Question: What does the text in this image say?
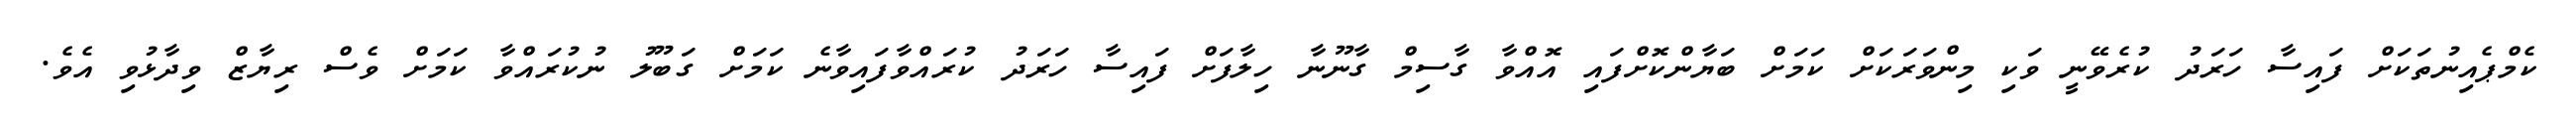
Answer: ކެމްޕެއިނުތަކަށް ފައިސާ ހަރަދު ކުރެވޭނީ ވަކި މިންވަރަކަށް ކަމަށް ބަޔާންކޮށްފައި އޮއްވާ ގާސިމް ގާނޫނާ ހިލާފަށް ފައިސާ ހަރަދު ކުރައްވާފައިވާނެ ކަމަށް ގަބޫލު ނުކުރައްވާ ކަމަށް ވެސް ރިޔާޒް ވިދާޅުވި އެވެ.